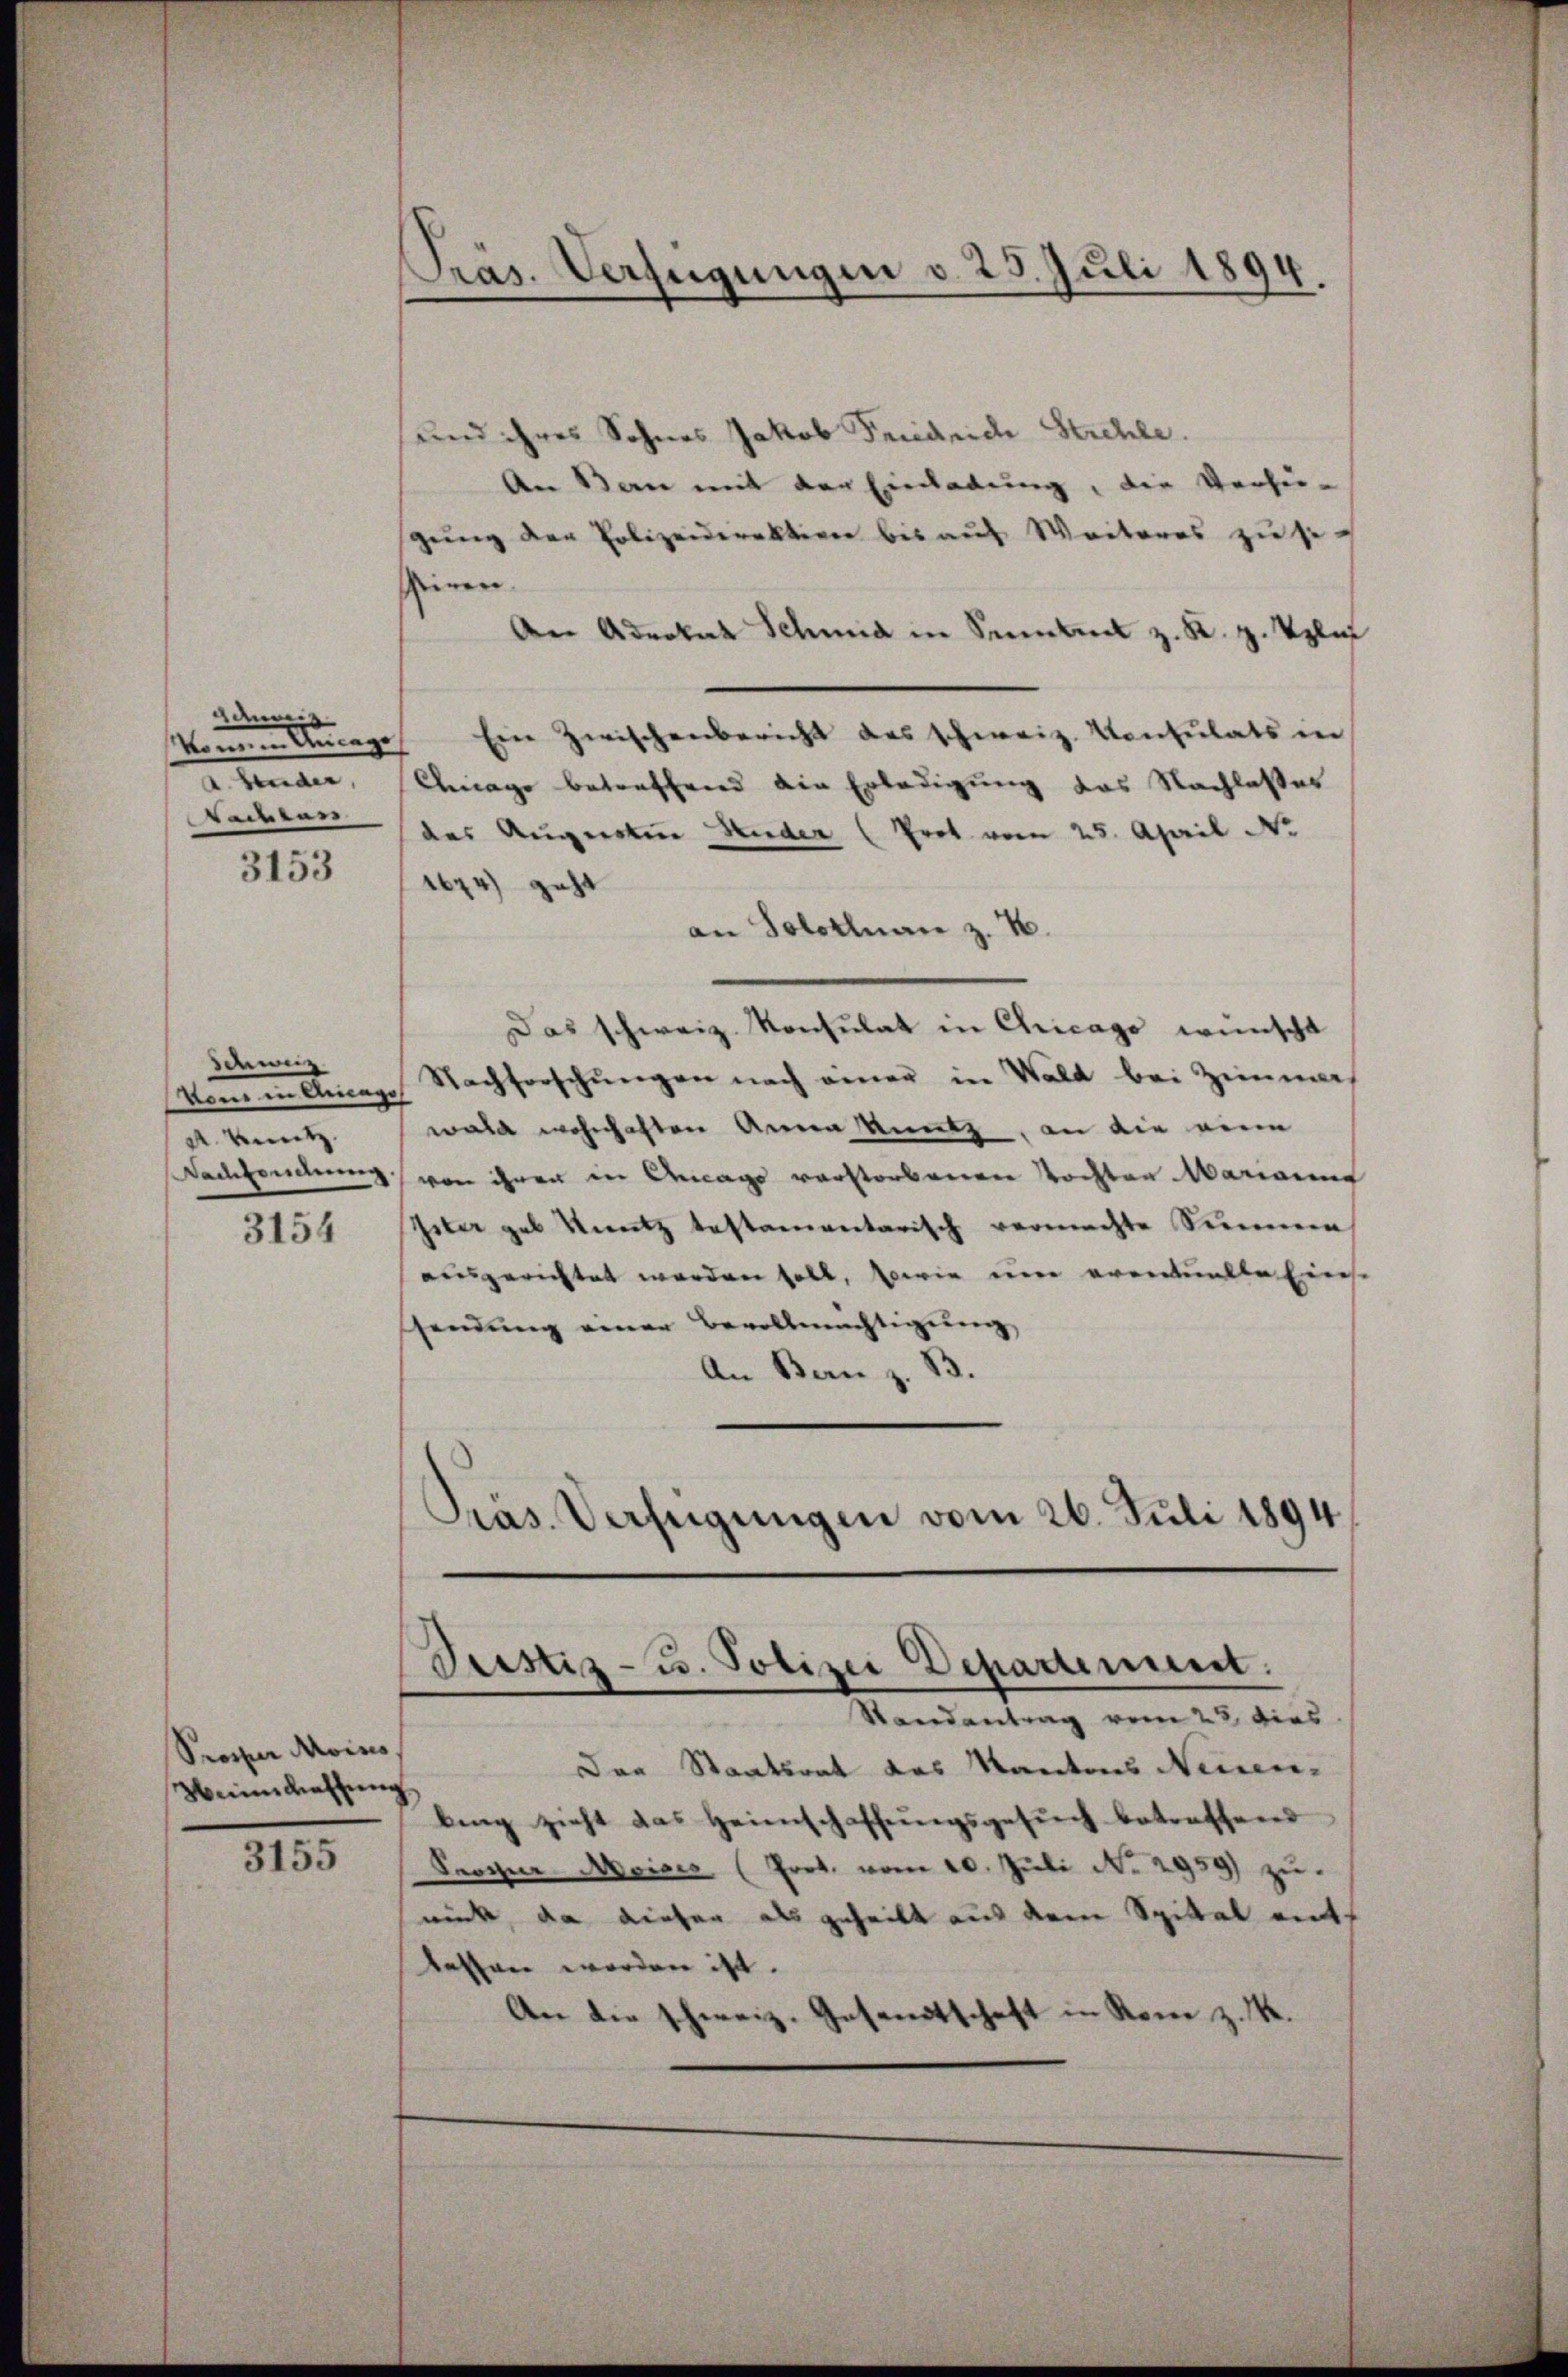
Adnung
ahender,
Tadter

3153

Schweiz
om in Kriegs
A. Knutz
Nachsendung

3154

Prosper Moins
Weinschaffung.

3155

Präs. Verfügungen d. 25. Juli 1894.

und ihres Sohnes Jakob Friedrich Strehle.
An den mit der Einladung, die Verfü-
gung der Polizeidirektiven bis auf Weiteres zu sessieren.
An Advokat Schmid in Sonnten z. K. H. Veli
können Anlage Ein Zwischenbericht des schweiz. Konsulats in
Anlage betreffend die Erledigung das Nachlaßes
des Augesten Huder (Prot vom 25. April Nr.
d
geht |
an Solotlnau z. B.
Das schweiz. Konsulat in Chicago wünscht
Nachforschungen nach einer in Wald bei Zimmers
wald wohnhaften Anna Knutz, an die eine
von ihren in Anlags verstorbenen Tochten Marianna
ster geb. Kantz testamentarisch vermachte Simmen
ausgerichtet worden soll, sowie eine eventuelle Eins
sendung einen Bevollmächtigung,
An Bern z. B.
Präs. Verfügungen vom 26. Juli 1894.

Justiz- u. Polizei Departement.
Randantrag vom 23. dies

Der Staatsrat des Kantons Neuen-
bing zieht das Heimschaffungsgesuch betreffend
Sroger Nsises (Prot. vom 20. Juli No 2939) zu
rück, da dieser als geheilt aus dem Spittal entefen worden ist.
An die schweiz. Gesandtschaft in Rom z. B.